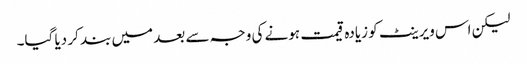
لیکن اس ویرینٹ کو زیادہ قیمت ہونے کی وجہ سے بعد میں بند کر دیا گیا۔